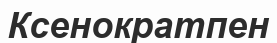
Ксенократпен